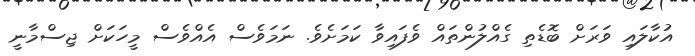
އުކާލައި ވަރަށް ބޮޑެތި ގެއްލުންތައް ވެފައިވާ ކަމަށެވެ. ނަމަވެސް އެއްވެސް މީހަކަށް ޖިސްމާނީ